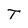
Character: T